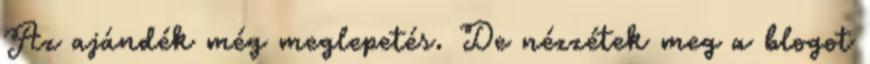
Az ajándék még meglepetés. De nézzétek meg a blogot